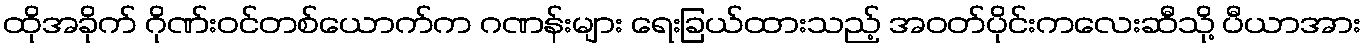
ထိုအခိုက် ဂိုဏ်းဝင်တစ်ယောက်က ဂဏန်းများ ရေးခြယ်ထားသည့် အဝတ်ပိုင်းကလေးဆီသို့ ပီယာအား